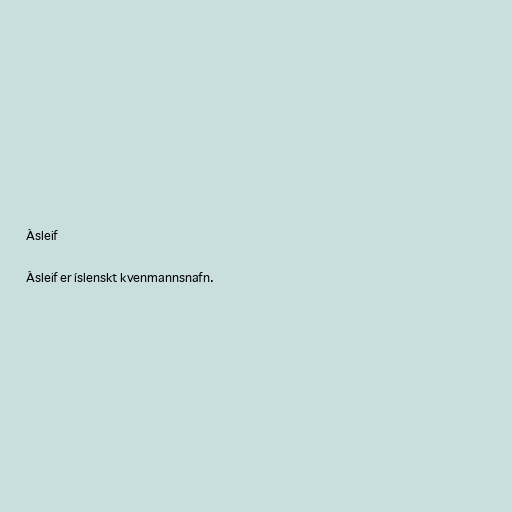
Ásleif

Ásleif er íslenskt kvenmannsnafn.